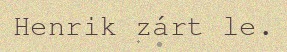
Henrik zárt le.